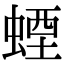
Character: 䗎